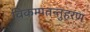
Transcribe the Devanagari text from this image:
विकम्पतन्तुहरण